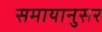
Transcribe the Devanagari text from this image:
समायानुसर